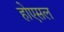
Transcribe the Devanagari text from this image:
होएसल